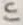
Text: In